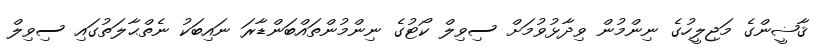
ޤާޟީންގެ މަޖިލީހުގެ ނިންމުން ވިދާޅުވުމަށް ސިވިލް ކޯޓުގެ ނިންމުންތައްބަންޑާރަ ނައިބަކު ނެތްޙާލަތުގައި ސިވިލް